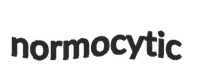
normocytic